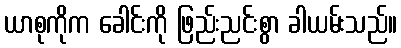
ယာစုကိုက ခေါင်းကို ဖြည်းညင်းစွာ ခါယမ်းသည်။